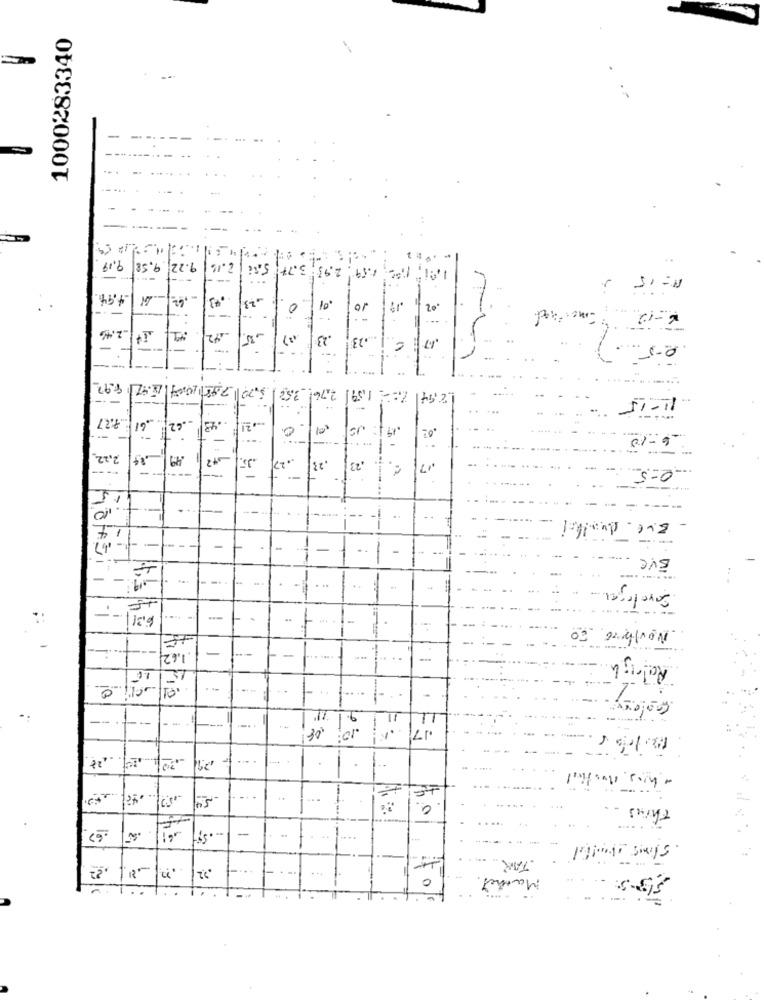
1000283340
....
9.22 9.58/ 9.19
2.16
3.77
.95;
1.59
N = 15 %
4.94
.01
10
.02
2. - mosthad
42
=
,35
23
... 23
.17
0-5)
5.20 7.98 1009 15.7 892
7.76! 3.52
722 159!
12,94
11-15
-
.7.27
.61
43
62
... 2 !.
.63
-6- 10
2,22,
.27
.17
23
.23
0-5
15
--.
.-
--
i-
4
-
---- --
EVC
.. .
Save lopes.
--
Novthere
--
-
-
Raleigh
....
iB
,08
.10:
17
haas. Mostfil
54
Thius
0
6 1
-
sling month
TAK
.22 .??
Mathel
. -